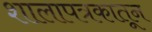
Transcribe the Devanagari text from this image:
शालापत्रकातून